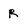
Character: R